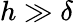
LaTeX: h\gg\delta